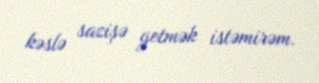
kəslə sazişə getmək istəmirəm.